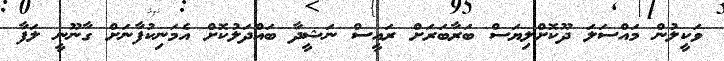
ވަކީލުން މައްސަލަ ދޫކޮށްލިޔަސް ބަރާބަރަށް ރައީސް ނަޝީދާ ބައްދަލުކޮށް އެމަނިކުފާނަށް ގާނޫނީ ލަފާ